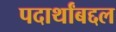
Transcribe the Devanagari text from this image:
पदार्थांबद्दल